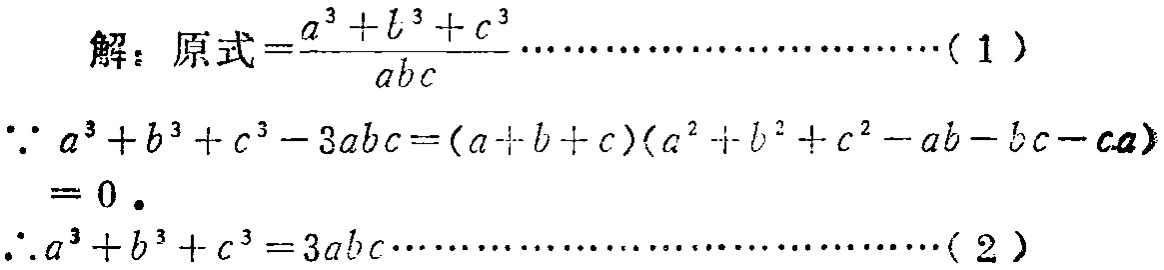
解：原式\(=\frac{a^{3}+b^{3}+c^{3}}{abc}\cdots\cdots(1)\)

\(\because a^{3}+b^{3}+c^{3}-3abc=(a + b + c)(a^{2}+b^{2}+c^{2}-ab - bc - ca)\)

\(= 0\).

\(\therefore a^{3}+b^{3}+c^{3}=3abc\cdots\cdots(2)\)